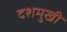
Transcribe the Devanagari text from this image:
दशमुखी